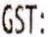
GST: